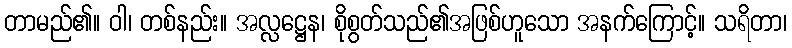
တာမည်၏။ ဝါ၊ တစ်နည်း။ အလ္လဋ္ဌေန၊ စိုစွတ်သည်၏အဖြစ်ဟူသော အနက်ကြောင့်။ သရိတာ၊